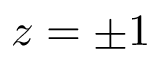
z = \pm 1